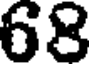
68